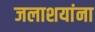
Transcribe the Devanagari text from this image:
जलाशयांना